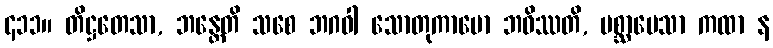
၄၁၁။ တိဋ္ဌတေသာ, ဘန္တေတိ သစေ ဘဂဝါ သောတုကာမော ဘဝိဿတိ, ပစ္ဆာပေသာ ကထာ န